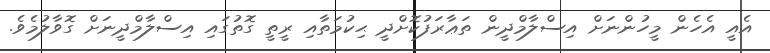
އެއީ އެހެން މީހުންނަށް އިސްލާމްދީން ތަޢާރަފުކޮށްދީ ޙިކުމަތާއި ރީތީ ގޮތުގައި އިސްލާމްދީނަށް ގޮވާލުމެވެ.